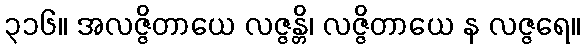
၃၁၆။ အလဇ္ဇိတာယေ လဇ္ဇန္တိ၊ လဇ္ဇိတာယေ န လဇ္ဇရေ။